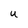
Character: U